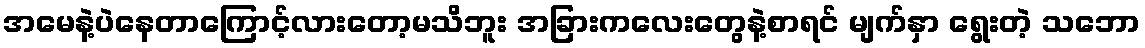
အမေနဲ့ပဲနေတာကြောင့်လားတော့မသိဘူး အခြားကလေးတွေနဲ့စာရင် မျက်နှာ ရွေးတဲ့ သဘော